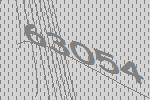
63054